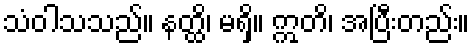
သံဝါသသည်။ နတ္ထိ၊ မရှိ။ ဣတိ၊ အပြီးတည်း။